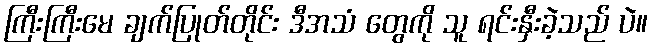
ကြီးကြီးမေ ချက်ပြုတ်တိုင်း ဒီအသံ တွေကို သူ ရင်းနှီးခဲ့သည် ပဲ။